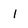
Character: 1